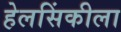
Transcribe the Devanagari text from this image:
हेलसिंकीला